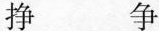
挣 争